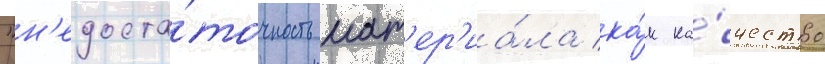
"н'едоста́точность мат'ер'иа́ла ка́к ка́чество